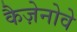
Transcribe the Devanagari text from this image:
कैज़ेनोवे